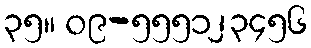
၃၅။ ၀၉-၅၅၅၁၂၃၄၅၆